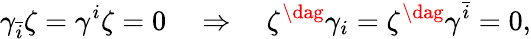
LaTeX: \gamma_{\bar{i}}\zeta=\gamma^{i}\zeta=0\quad\Rightarrow\quad\zeta^{\dag}\gamma_{i}=\zeta^{\dag}\gamma^{\bar{i}}=0,